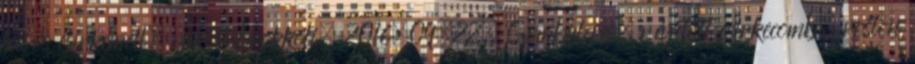
lecsós csirkemell, rakott brokkoli. 2016.09.22. Gombaleves, rántott csirkecomb, roston